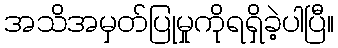
အသိအမှတ်ပြုမှုကိုရရှိခဲ့ပါပြီ။